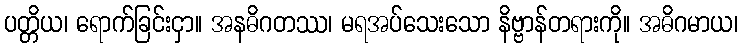
ပတ္တိယ၊ ရောက်ခြင်းငှာ။ အနဓိဂတဿ၊ မရအပ်သေးသော နိဗ္ဗာန်တရားကို။ အဓိဂမာယ၊